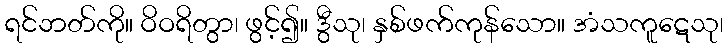
ရင်ဘတ်ကို။ ဝိဝရိတွာ၊ ဖွင့်၍။ ဒွီသု၊ နှစ်ဖက်ကုန်သော။ အံသကူဋေသု၊